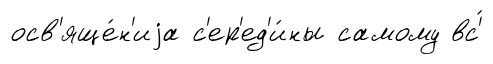
осв'яще́н'иjа с'ер'ед'и́ны самому вс'́